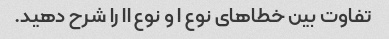
تفاوت بین خطاهای نوع I و نوع II را شرح دهید.